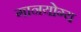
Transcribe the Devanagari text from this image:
गानयोग्य